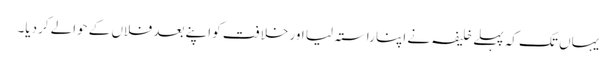
یہاں تک کہ پہلے خلیفہ نے اپنا راستہ لیا اور خلافت کو اپنے بعد فلاں کے حوالے کردیا۔